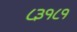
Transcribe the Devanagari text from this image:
८३१८१